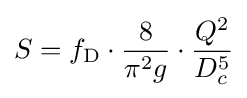
S=f_{\text{D}}\cdot {\frac {8}{\pi ^{2}g}}\cdot {\frac {Q^{2}}{D_{c}^{5}}}